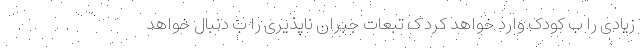
زیادی را ب کودک وارد خواهد کرد ک تبعات جبران ناپذیری را ب دنبال خواهد